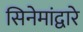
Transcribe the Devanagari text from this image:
सिनेमांद्वारे